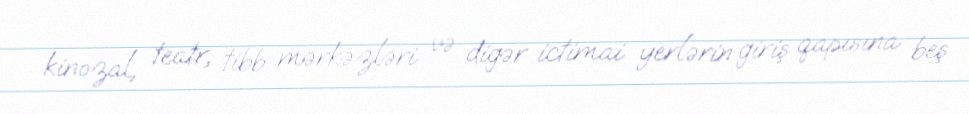
kinozal, teatr, tibb mərkəzləri və digər ictimai yerlərin giriş qapısına beş